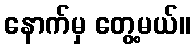
နောက်မှ တွေ့မယ်။